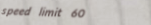
speed limit 60